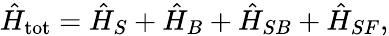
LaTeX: \hat{H}_{\mathrm{tot}}=\hat{H}_{S}+\hat{H}_{B}+\hat{H}_{SB}+\hat{H}_{SF},